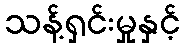
သန့်ရှင်းမှုနှင့်